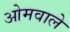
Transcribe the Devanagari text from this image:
ओमवाले